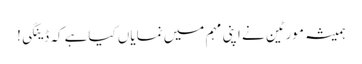
ہمیشہ مورٹین نے اپنی مہم میں نمایاں کیاہے کہ ڈینگی!